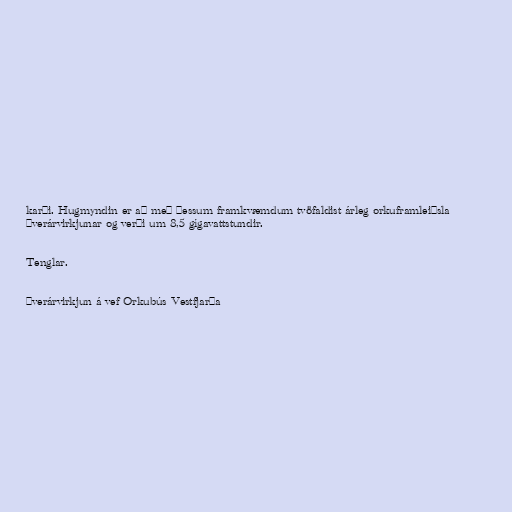
karði. Hugmyndin er að með þessum framkvæmdum tvöfaldist árleg orkuframleiðsla
Þverárvirkjunar og verði um 8,5 gígavattstundir.

Tenglar.

Þverárvirkjun á vef Orkubús Vestfjarða